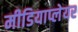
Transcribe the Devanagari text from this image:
मीडियाप्लेयर